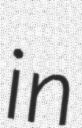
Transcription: in